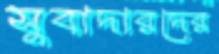
সুবাদারদের